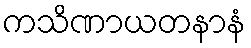
ကသိဏာယတနာနံ